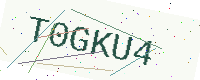
Text: T0GKU4